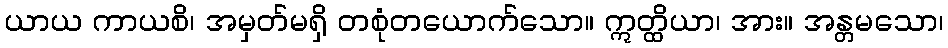
ယာယ ကာယစိ၊ အမှတ်မရှိ တစုံတယောက်သော။ ဣတ္ထိယာ၊ အား။ အန္တမသော၊